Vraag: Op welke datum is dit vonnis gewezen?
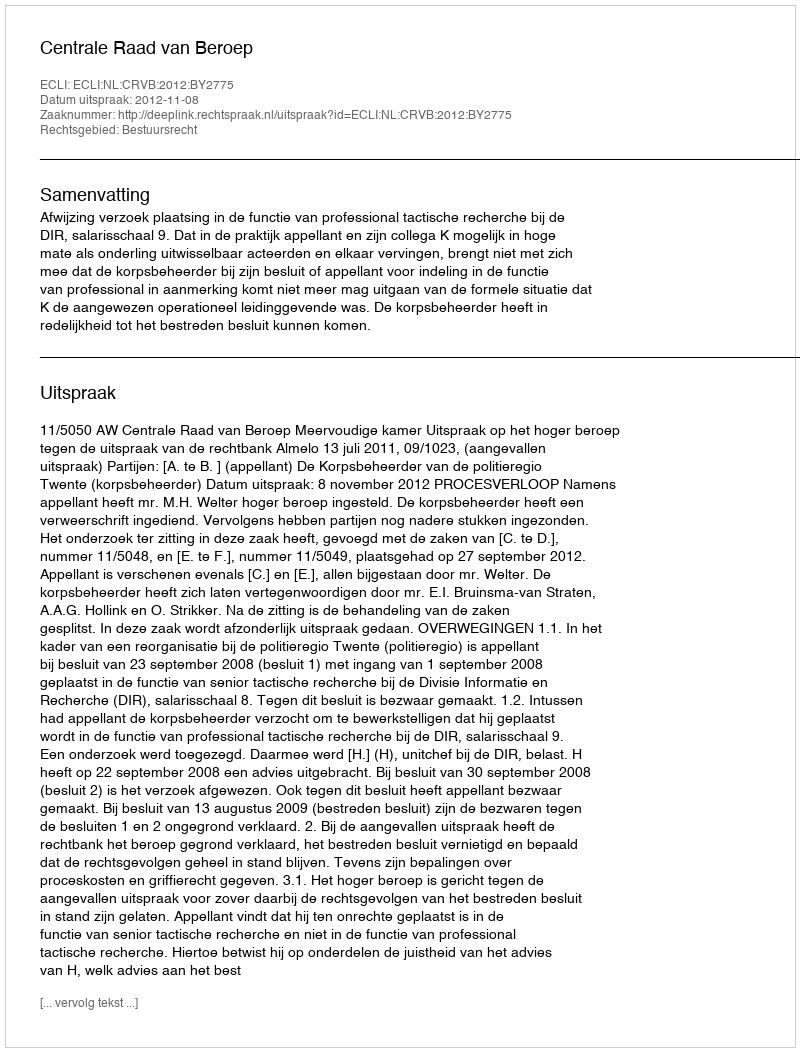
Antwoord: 2012-11-08